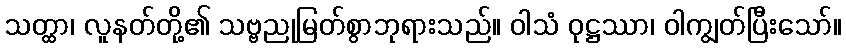
သတ္ထာ၊ လူနတ်တို့၏ သဗ္ဗညုမြတ်စွာဘုရားသည်။ ဝါသံ ဝုဋ္ဌဿာ၊ ဝါကျွတ်ပြီးသော်။